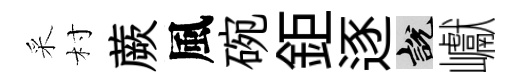
采村蕨風碗鉅逐説巘